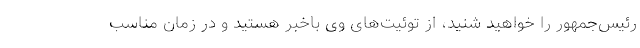
رئیس‌جمهور را خواهید شنید، از توئیت‌های وی باخبر هستید و در زمان مناسب